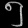
Digit: ၅